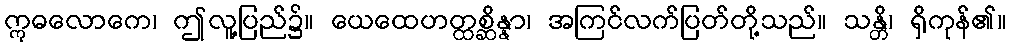
ဣဓလောကေ၊ ဤလူ့ပြည်၌။ ယေထေဟတ္ထစ္ဆိန္နာ၊ အကြင်လက်ပြတ်တို့သည်။ သန္တိ၊ ရှိကုန်၏။